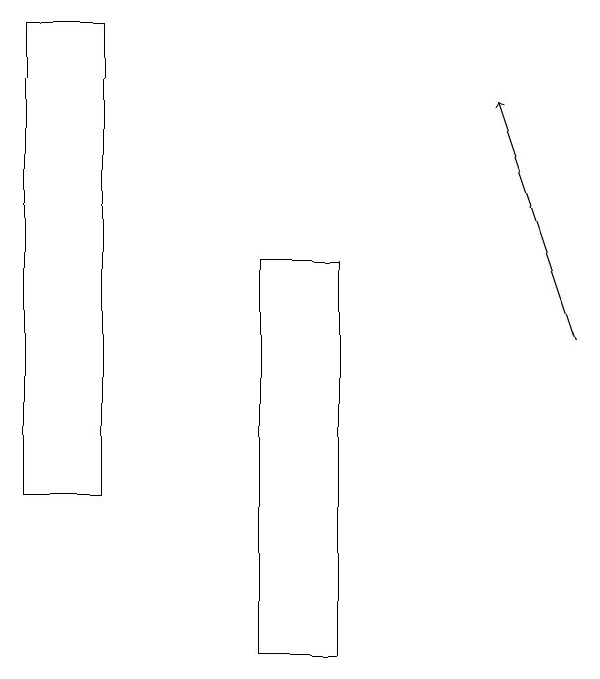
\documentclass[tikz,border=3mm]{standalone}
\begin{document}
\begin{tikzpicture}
\draw (6,11) rectangle (5,16);
\draw[->] (9,15) -- (8,18);
\draw (3,13) rectangle (2,19);
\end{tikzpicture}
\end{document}